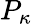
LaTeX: P_{\kappa}